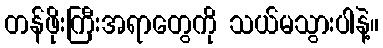
တန်ဖိုးကြီးအရာတွေကို သယ်မသွားပါနဲ့။